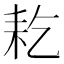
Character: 䎢